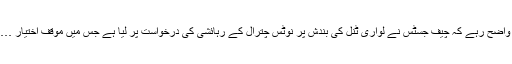
واضح رہے کہ چیف جسٹس نے لواری ٹنل کی بندش پر نوٹس چترال کے رہائشی کی درخواست پر لیا ہے جس میں موقف اختیار …